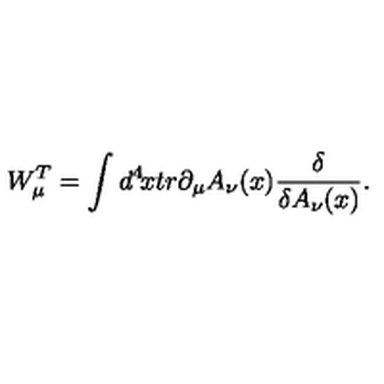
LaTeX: W _ { \mu } ^ { T } = \int d ^ { 4 } \! x t r \partial _ { \mu } A _ { \nu } ( x ) { \frac { \delta } { \delta A _ { \nu } ( x ) } } .